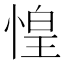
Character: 惶